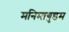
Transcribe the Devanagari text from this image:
मनिमागुडम